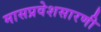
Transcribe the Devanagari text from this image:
मासप्रवेशसारणी